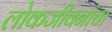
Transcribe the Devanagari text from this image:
लोकजीवनांचा